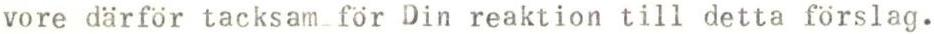
vore därför tacksam för Din reaktion till detta förslag.